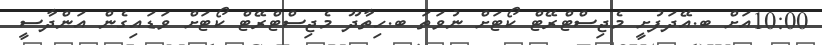
10:00އަށް ބ.އޭދަފުށީ މެޖިސްޓްރޭޓް ކޯޓަށް ނުވަތަ ބ.ހިތާދޫ މެޖިސްޓްރޭޓް ކޯޓަށް ވަޑައިގެން އަންދާސީ